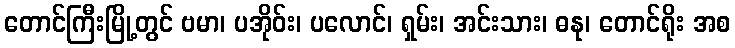
တောင်ကြီးမြို့တွင် ဗမာ၊ ပအိုဝ်း၊ ပလောင်၊ ရှမ်း၊ အင်းသား၊ ဓနု၊ တောင်ရိုး အစ